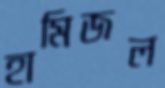
হামিজল